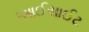
આઈસાઈટ